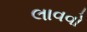
લાવવો